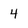
Character: 4